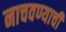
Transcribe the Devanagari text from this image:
नाचवण्याची